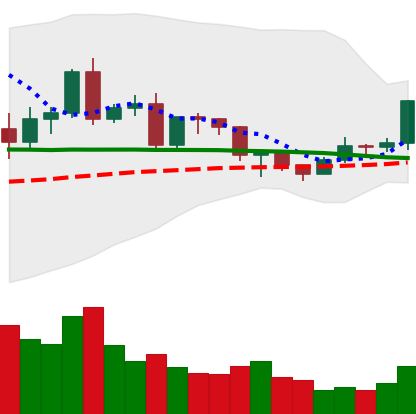
Ticker: EOS-USD
Chart end date: 2020-12-16
Forward return: -4.995%
Label: down_3_5